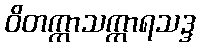
ဝိတက္ကာသက္ကာရသဒ္ဒ